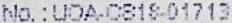
NO.:UOA-CB18-01713